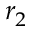
r _ { 2 }